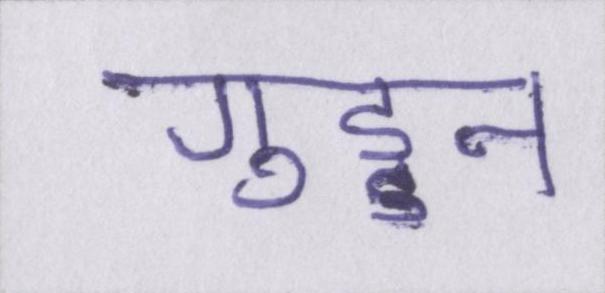
गुड्डन